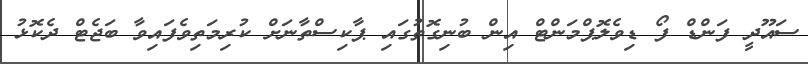
ސައޫދީ ފަންޑް ފޯ ޑިވެލޮޕްމަންޓް އިން ބުނިގޮތުގައި ޕާކިސްތާނަށް ކުރިމަތިވެފައިވާ ބަޖެޓް ދެކޮޅު